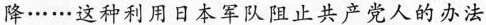
降……这种利用日本军队阻止共产党人的办法